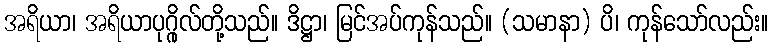
အရိယာ၊ အရိယာပုဂ္ဂိုလ်တို့သည်။ ဒိဋ္ဌာ၊ မြင်အပ်ကုန်သည်။ (သမာနာ) ပိ၊ ကုန်သော်လည်း။